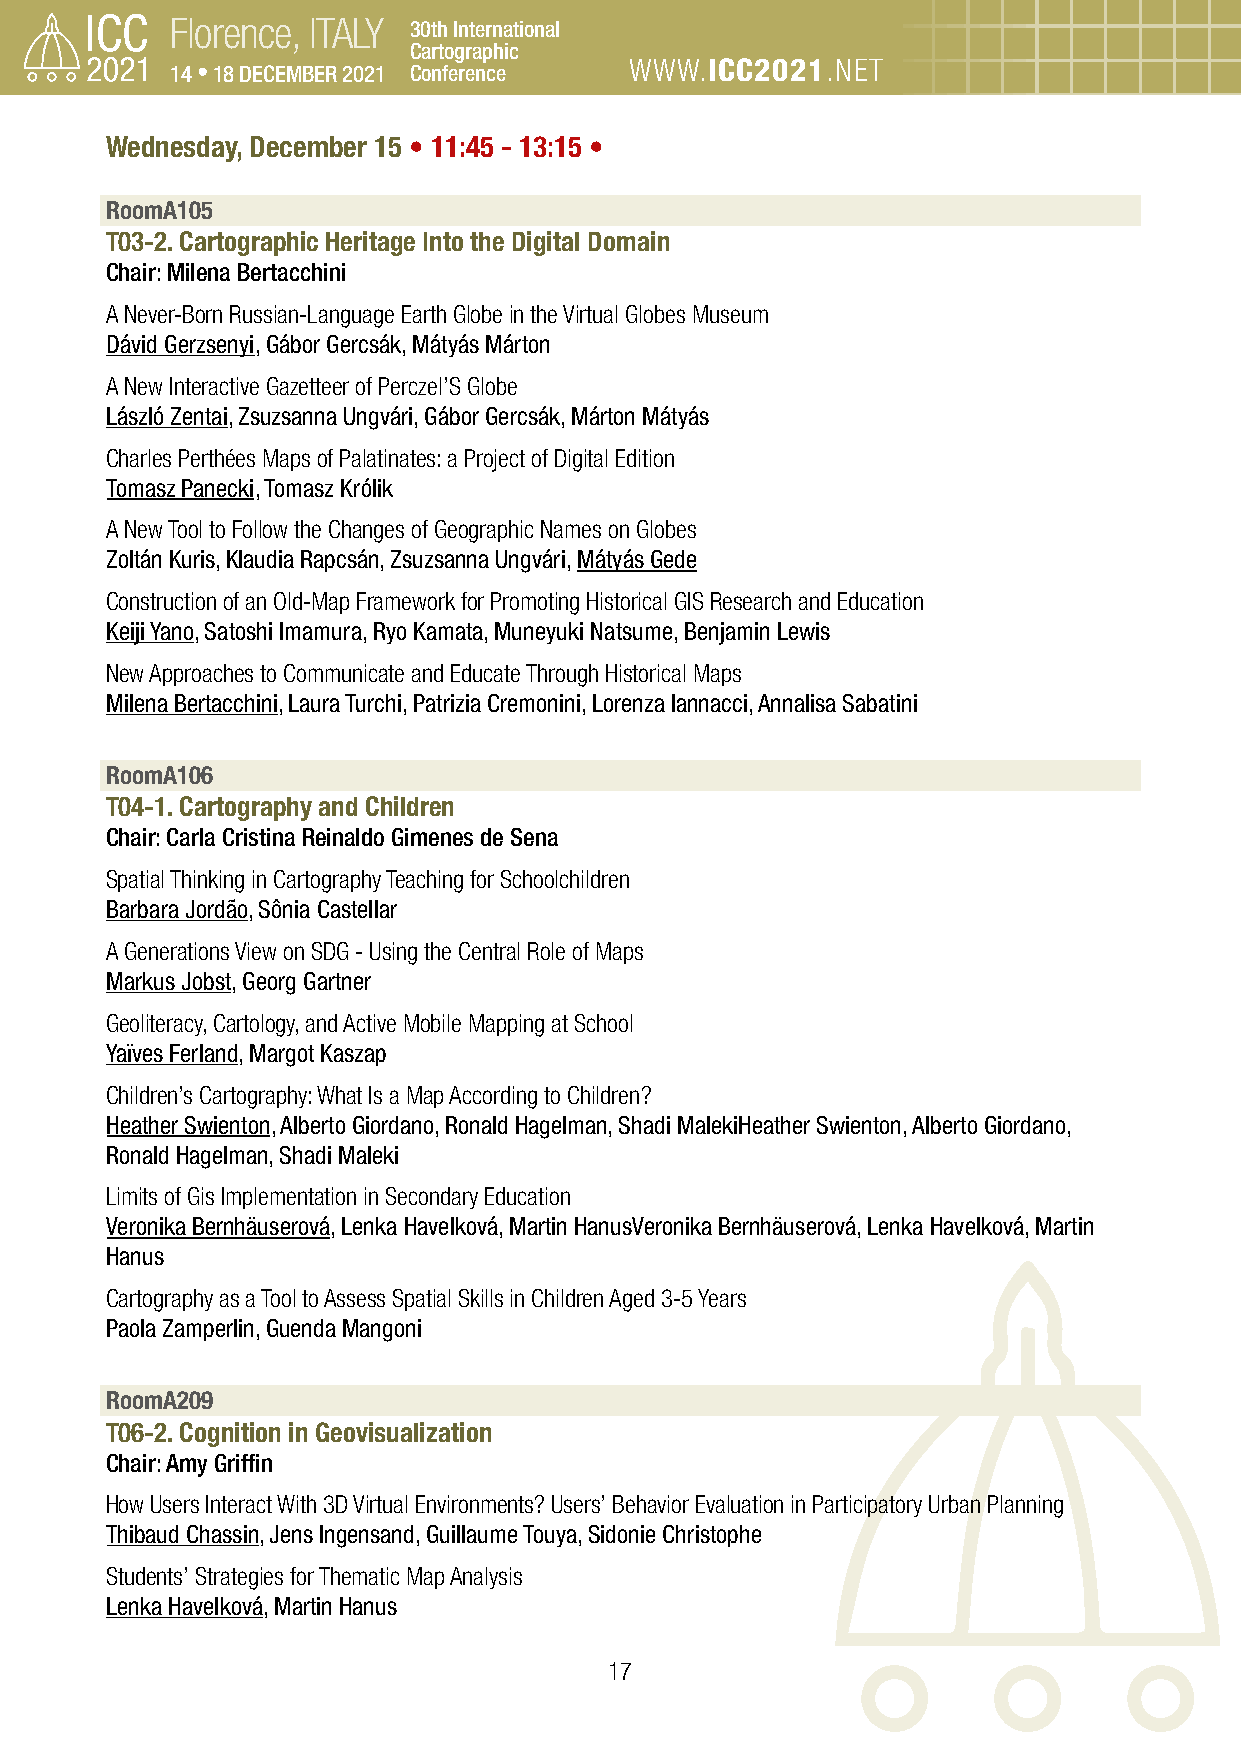
Florence, ITALY 30th International
 Cartographic
 14 • 18 DECEMBER 2021 Conference WWW.ICC2021.NET
 Wednesday, December 15 • 11:45 - 13:15 •
 RoomA105
 T03-2. Cartographic Heritage Into the Digital Domain
 Chair: Milena Bertacchini
 A Never-Born Russian-Language Earth Globe in the Virtual Globes Museum
 Dávid Gerzsenyi, Gábor Gercsák, Mátyás Márton
 A New Interactive Gazetteer of Perczel’S Globe
 László Zentai, Zsuzsanna Ungvári, Gábor Gercsák, Márton Mátyás
 Charles Perthées Maps of Palatinates: a Project of Digital Edition
 Tomasz Panecki, Tomasz Królik
 A New Tool to Follow the Changes of Geographic Names on Globes
 Zoltán Kuris, Klaudia Rapcsán, Zsuzsanna Ungvári, Mátyás Gede
 Construction of an Old-Map Framework for Promoting Historical GIS Research and Education
 Keiji Yano, Satoshi Imamura, Ryo Kamata, Muneyuki Natsume, Benjamin Lewis
 New Approaches to Communicate and Educate Through Historical Maps
 Milena Bertacchini, Laura Turchi, Patrizia Cremonini, Lorenza Iannacci, Annalisa Sabatini
 RoomA106
 T04-1. Cartography and Children
 Chair: Carla Cristina Reinaldo Gimenes de Sena
 Spatial Thinking in Cartography Teaching for Schoolchildren
 Barbara Jordão, Sônia Castellar
 A Generations View on SDG - Using the Central Role of Maps
 Markus Jobst, Georg Gartner
 Geoliteracy, Cartology, and Active Mobile Mapping at School
 Yaïves Ferland, Margot Kaszap
 Children’s Cartography: What Is a Map According to Children?
 Heather Swienton, Alberto Giordano, Ronald Hagelman, Shadi MalekiHeather Swienton, Alberto Giordano,
 Ronald Hagelman, Shadi Maleki
 Limits of Gis Implementation in Secondary Education
 Veronika Bernhäuserová, Lenka Havelková, Martin HanusVeronika Bernhäuserová, Lenka Havelková, Martin
 Hanus
 Cartography as a Tool to Assess Spatial Skills in Children Aged 3-5 Years
 Paola Zamperlin, Guenda Mangoni
 RoomA209
 T06-2. Cognition in Geovisualization
 Chair: Amy Griffin
 How Users Interact With 3D Virtual Environments? Users’ Behavior Evaluation in Participatory Urban Planning
 Thibaud Chassin, Jens Ingensand, Guillaume Touya, Sidonie Christophe
 Students’ Strategies for Thematic Map Analysis
 Lenka Havelková, Martin Hanus
 17